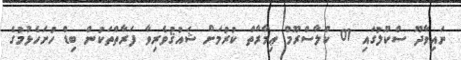
ނައިވާދޫ ސްކޫލުގައި 01 ކްލާސްރޫމް ޢިމާރާތް ކުރުމަށް ޝައުޤުވެރިވާ ފަރާތްތަކުން ބިޑް ހުށަހެޅުމުގެ